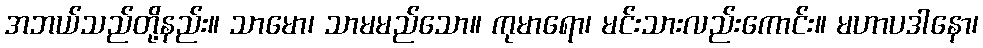
အဘယ်သည်တို့နည်း။ သာမော၊ သာမမည်သော။ ကုမာရော၊ မင်းသားလည်းကောင်း။ မဟာပဒါနော၊